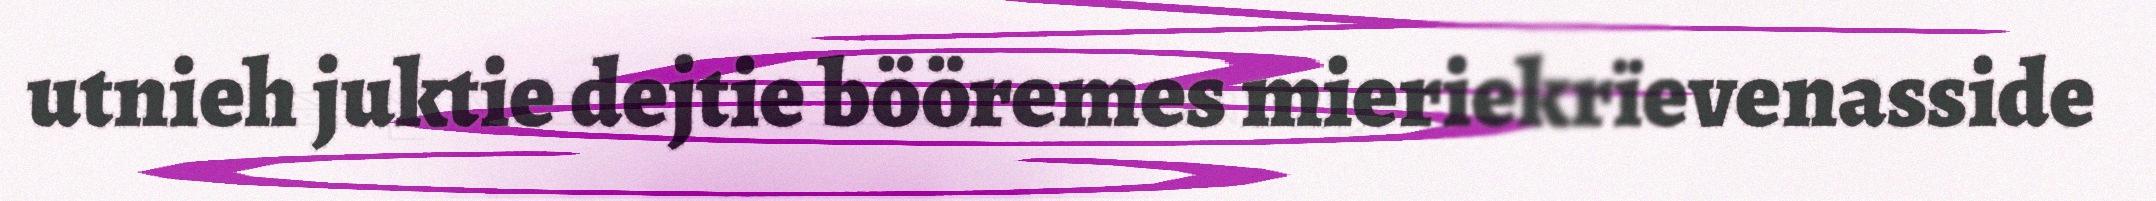
utnieh juktie dejtie bööremes mieriekrïevenasside